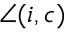
\angle ( i , c )